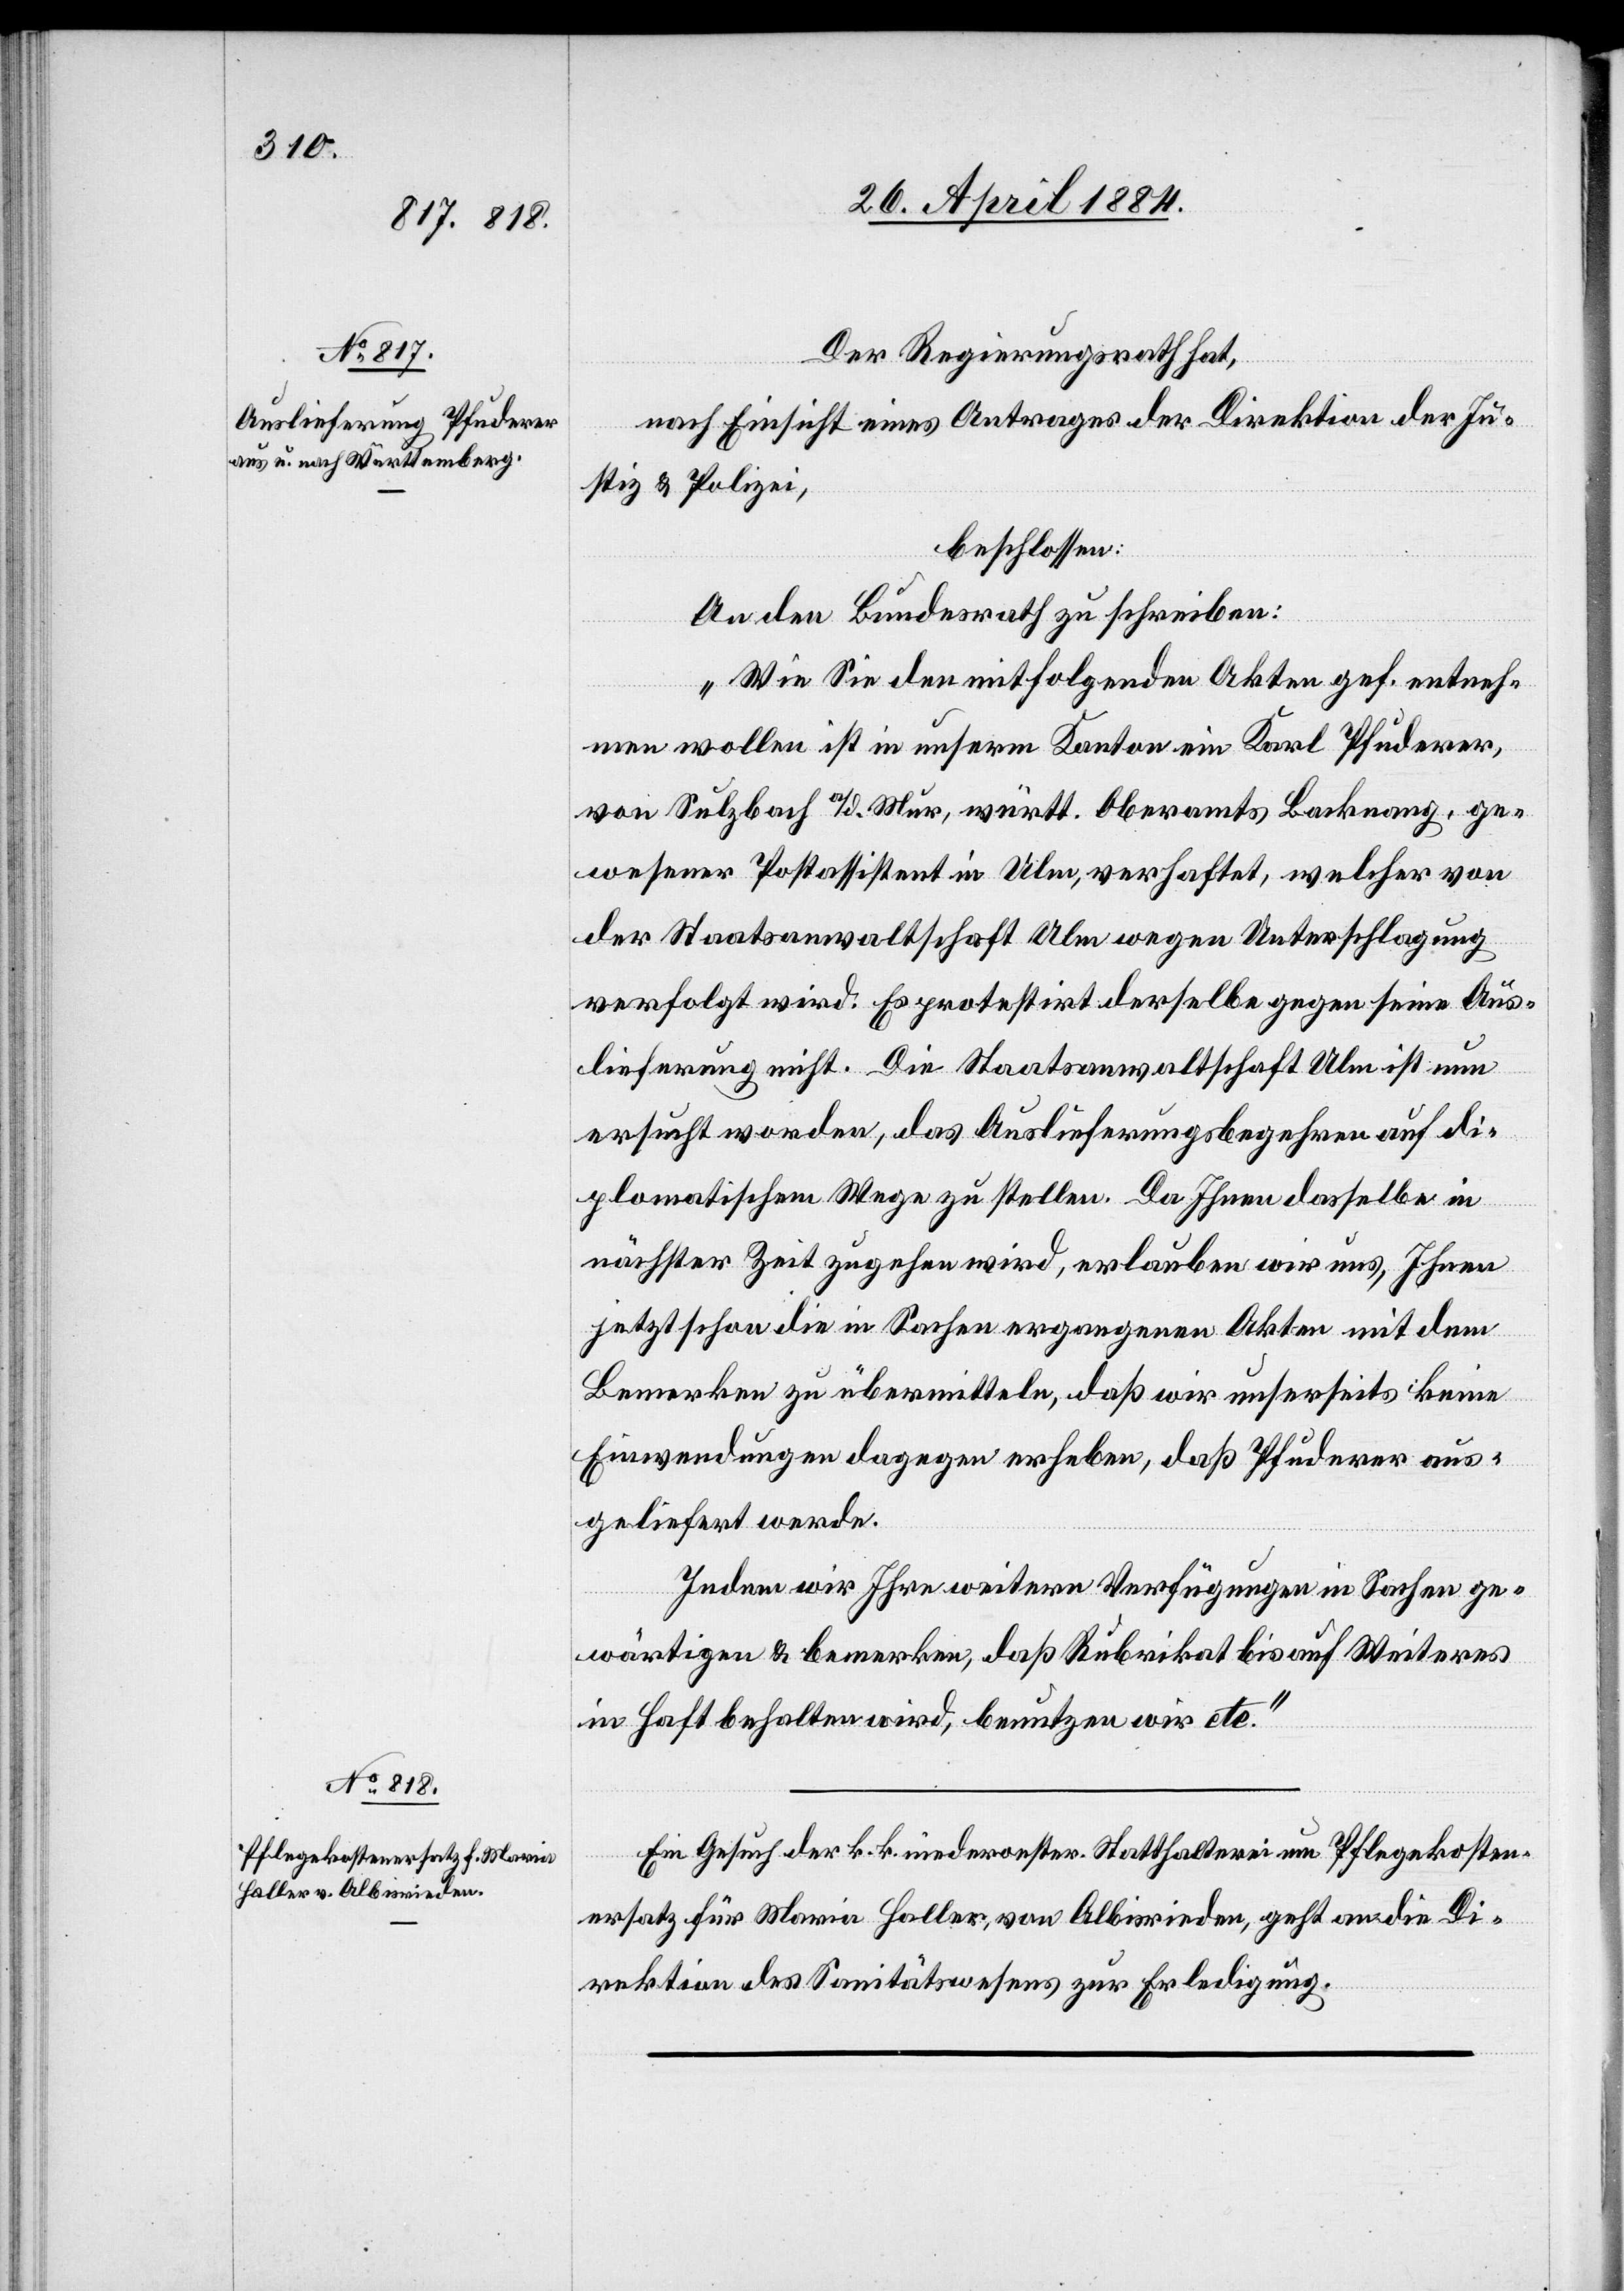
30. April 1884.]
Der Regierungsrath hat,
nach Einsicht eines Antrages der Direktion der Ju¬
stiz & Polizei,
beschlossen:
An den Bundesrath zu schreiben:
„Wie Sie den mitfolgenden Akten gef. entneh¬
men wollen ist in unserm Kanton ein Karl Pfuderer,
wesener Postassistent in Ulm, verhaftet, welcher von
der Staatsanwaltschaft Ulm wegen Unterschlagung
verfolgt wird. Es protestirt derselbe gegen seine Aus¬
lieferung nicht. Die Staatsanwaltschaft Ulm ist nun
ersucht worden, das Auslieferungsbegehren auf di¬
plomatischem Wege zu stellen. Da Ihnen dasselbe in
nächster Zeit zugehen wird, erlauben wir uns, Ihnen
jetzt schon die in Sachen ergangenen Akten mit dem
Bemerken zu übermitteln, daß wir unserseits keine
Einwendungen dagegen erheben, daß Pfuderer aus¬
geliefert werde.
Indem wir Ihre weitern Verfügungen in Sachen ge¬
wärtigen & bemerken, daß Rubrikat bis auf Weiteres
in Haft behalten wird, benutzen wir etc.“
ge¬
Ein Gesuch der k. k. niederoester. Statthalterei um Pflegekosten¬
ersatz für Maria Haller, von Albisrieden, geht an die Di¬
rektion des Sanitätswesens zur Erledigung.